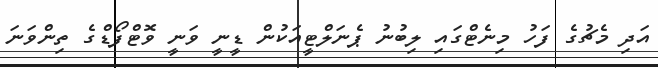
އަދި މެޗުގެ ފަހު މިނެޓްގައި ލިބުނު ޕެނަލްޓީއަކުން ޑީނީ ވަނީ ވޮޓްފޯޑްގެ ތިންވަނަ